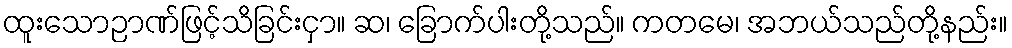
ထူးသောဉာဏ်ဖြင့်သိခြင်းငှာ။ ဆ၊ ခြောက်ပါးတို့သည်။ ကတမေ၊ အဘယ်သည်တို့နည်း။